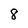
Character: 8